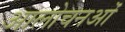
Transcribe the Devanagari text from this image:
आलोचनओं